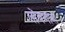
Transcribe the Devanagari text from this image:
लोंबणारा